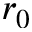
r _ { 0 }